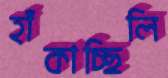
হাঁকাচ্ছিলি